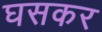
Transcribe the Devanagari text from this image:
घसकर